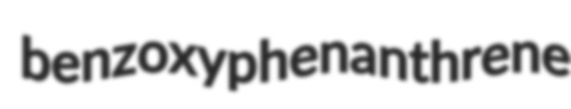
benzoxyphenanthrene